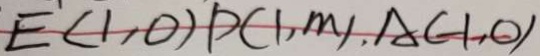
E ( 1 , 0 ) P ( 1 , m ) , A ( - 1 , 0 )